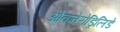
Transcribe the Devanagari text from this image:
ओक्नेरोड्रिलिडे